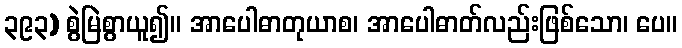
၃၉၃) စွဲမြဲစွာယူ၍။ အာပေါဓာတုယာစ၊ အာပေါဓာတ်လည်းဖြစ်သော၊ ပေ။